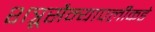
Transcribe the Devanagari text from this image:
शत्रूसैन्यापलीकडे